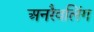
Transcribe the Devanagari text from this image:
अनरैवलिंग